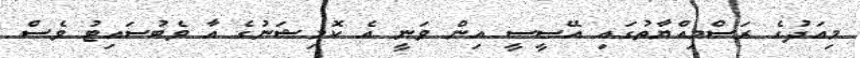
މިއަދުގެ ރަސްމިއްޔާތުގައި އޭސީސީ އިން ވަނީ އެ ކޮމިޝަނުގެ އާ ވެބުސައިޓު ވެސް